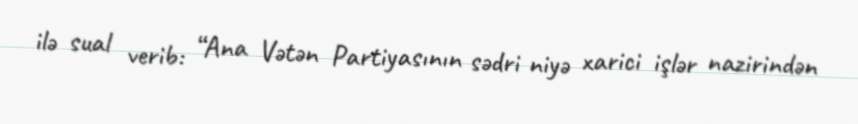
ilə sual verib: “Ana Vətən Partiyasının sədri niyə xarici işlər nazirindən